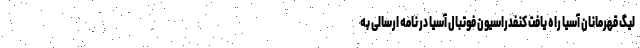
لیگ قهرمانان آسیا راه یافت کنفدراسیون فوتبال آسیا در نامه ارسالی به